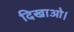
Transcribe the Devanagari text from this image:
दिखाओ।